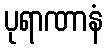
ပုရာဏာနံ